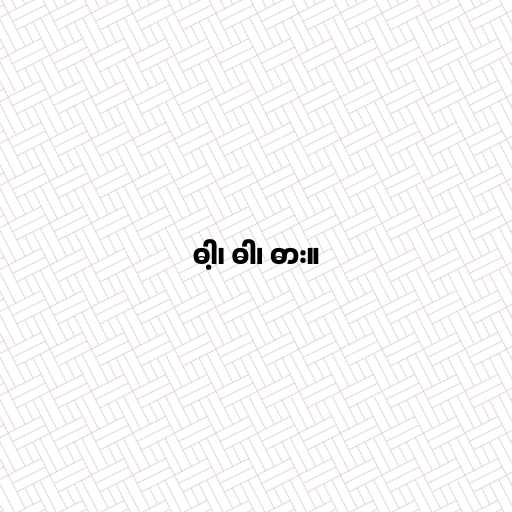
ဓါ့၊ ဓါ၊ ဓား။